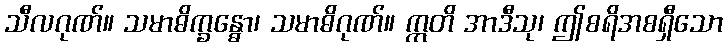
သီလဂုဏ်။ သမာဓိက္ခန္ဓော၊ သမာဓိဂုဏ်။ ဣတိ အာဒီသု၊ ဤစရိအစရှီသော